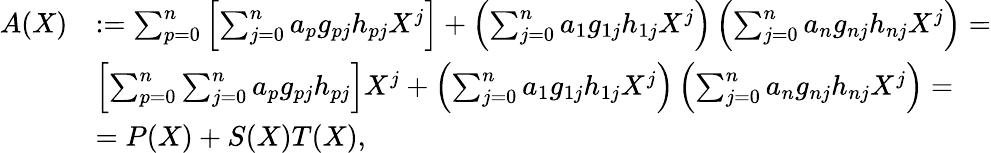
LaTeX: \begin{array}{rl}{A(X)}&{:=\sum_{p=0}^{n}\left[\sum_{j=0}^{n}a_{p}g_{pj}h_{pj}X^{j}\right]+\left(\sum_{j=0}^{n}a_{1}g_{1j}h_{1j}X^{j}\right)\left(\sum_{j=0}^{n}a_{n}g_{nj}h_{nj}X^{j}\right)=}\\ &{\left[\sum_{p=0}^{n}\sum_{j=0}^{n}a_{p}g_{pj}h_{pj}\right]X^{j}+\left(\sum_{j=0}^{n}a_{1}g_{1j}h_{1j}X^{j}\right)\left(\sum_{j=0}^{n}a_{n}g_{nj}h_{nj}X^{j}\right)=}\\ &{=P(X)+S(X)T(X),}\end{array}